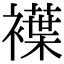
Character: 𧝵